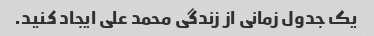
یک جدول زمانی از زندگی محمد علی ایجاد کنید.